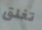
تغلق